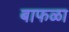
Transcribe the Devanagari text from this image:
बाफळा